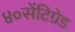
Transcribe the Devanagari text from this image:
४०सेंटिग्रेड